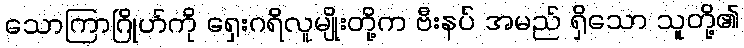
သောကြာဂြိုဟ်ကို ရှေးဂရိလူမျိုးတို့က ဗီးနပ် အမည် ရှိသော သူတို့၏